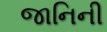
જાનિની